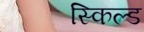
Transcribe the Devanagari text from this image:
स्किल्ड